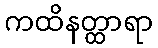
ကထိနတ္ထာရာ